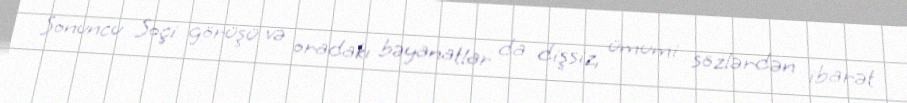
Sonuncu Soçi görüşü və oradakı bəyanatlar da dişsiz, ümumi sözlərdən ibarət